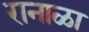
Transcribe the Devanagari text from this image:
रानाळा